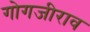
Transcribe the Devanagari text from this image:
गोगजीराव